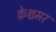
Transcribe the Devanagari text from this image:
क्रेश्चमर